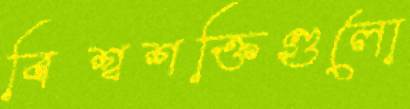
বিশ্বশক্তিগুলো